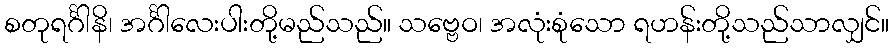
စတုရင်္ဂါနိ၊ အင်္ဂါလေးပါးတို့မည်သည်။ သဗ္ဗေဝ၊ အလုံးစုံသော ရဟန်းတို့သည်သာလျှင်။